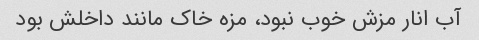
آب انار مزش خوب نبود، مزه خاک مانند داخلش بود